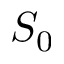
S _ { 0 }